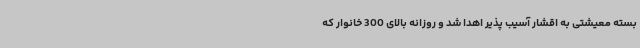
بسته معیشتی به اقشار آسیب پذیر اهدا شد و روزانه بالای 300 خانوار که